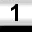
Digit: 1